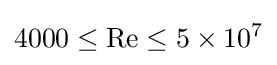
4000\leq \mathrm {Re} \leq 5\times 10^{7}